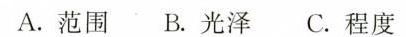
A.范围 B.光泽 C.程度